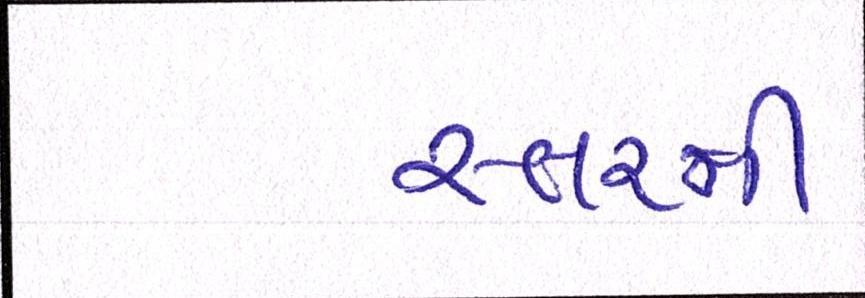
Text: સ્તરની